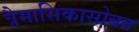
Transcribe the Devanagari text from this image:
त्रैमासिकासोबत